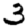
Digit: 3